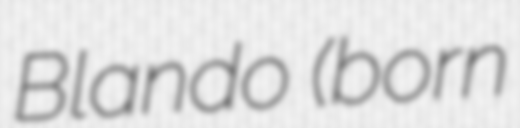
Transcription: Blando (born